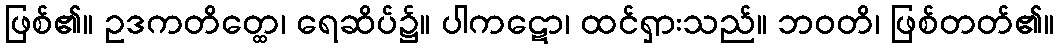
ဖြစ်၏။ ဥဒကတိတ္ထေ၊ ရေဆိပ်၌။ ပါကဋော၊ ထင်ရှားသည်။ ဘဝတိ၊ ဖြစ်တတ်၏။